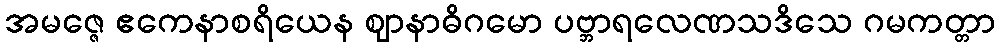
အမဇ္ဇေ ဧကေနာစရိယေန ဈာနာဓိဂမော ပဗ္ဘာရလေဏသဒိသေ ဂမကတ္တာ